Civil Veterinary Dept. Bombay admin report 1923-31 - 1923-1931
Year: 1923
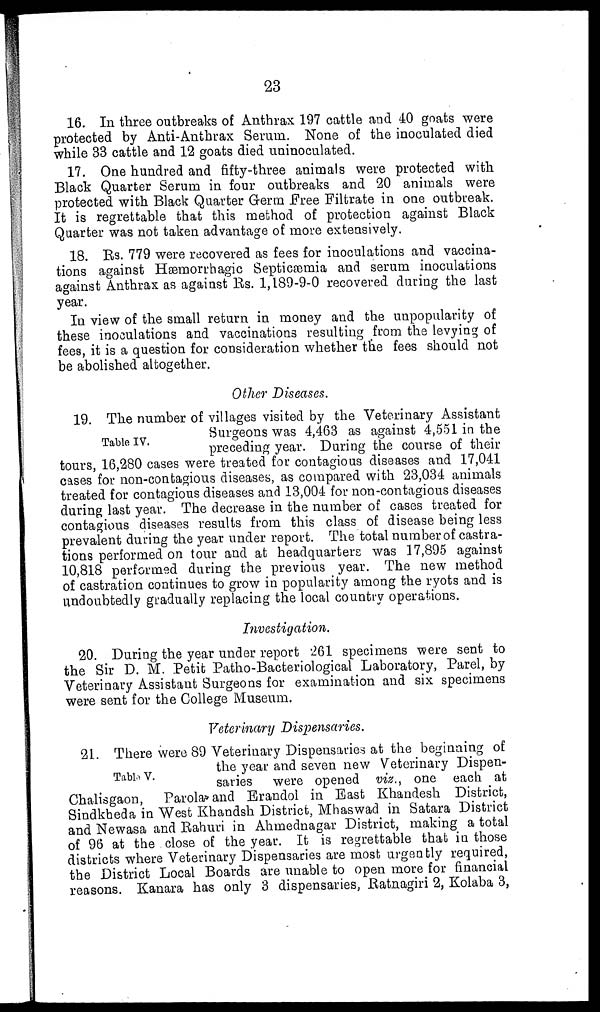
23
16. In three outbreaks of Anthrax 197 cattle and 40 goats were
protected by Anti-Anthrax Serum. None of the inoculated died
while 33 cattle and 12 goats died uninoculated.
17. One hundred and fifty-three animals were protected with
Black Quarter Serum in four outbreaks and 20 animals were
protected with Black Quarter Germ Free Filtrate in one outbreak.
It is regrettable that this method of protection against Black
Quarter was not taken advantage of more extensively.
18. Rs. 779 were recovered as fees for inoculations and vaccina-
tions against Hæmorrhagic Septicæmia and serum inoculations
against Anthrax as against Rs. 1,189-9-0 recovered during the last
year.
In view of the small return in money and the unpopularity of
these inoculations and vaccinations resulting from the levying of
fees, it is a question for consideration whether the fees should not
be abolished altogether.
Other Diseases.
Table IV.
19. The number of villages visited by the Veterinary Assistant
Surgeons was 4,463 as against 4,551 in the
preceding year. During the course of their
tours, 16,280 cases were treated for contagious diseases and 17,041
cases for non-contagious diseases, as compared with 23,034 animals
treated for contagious diseases and 13,004 for non-contagious diseases
during last year. The decrease in the number of cases treated for
contagious diseases results from this class of disease being less
prevalent during the year under report. The total number of castra-
tions performed on tour and at headquarters was 17,895 against
10,818 performed during the previous year. The new method
of castration continues to grow in popularity among the ryots and is
undoubtedly gradually replacing the local country operations.
Investigation.
20. During the year under report 261 specimens were sent to
the Sir D. M. Petit Patho-Bacteriological Laboratory, Parel, by
Veterinary Assistant Surgeons for examination and six specimens
were sent for the College Museum.
Veterinary Dispensaries.
Table V.
21. There were 89 Veterinary Dispensaries at the beginning of
the year and seven new Veterinary Dispen-
saries were opened viz., one each at
Chalisgaon, Parola and Erandol in East Khandesh District,
Sindkheda in West Khandsh District, Mhaswad in Satara District
and Newasa and Rahuri in Ahmednagar District, making a total
of 96 at the close of the year. It is regrettable that in those
districts where Veterinary Dispensaries are most urgently required,
the District Local Boards are unable to open more for financial
reasons. Kanara has only 3 dispensaries, Ratnagiri 2, Kolaba 3,